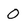
Character: O